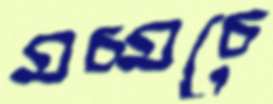
মচ্‌মচে